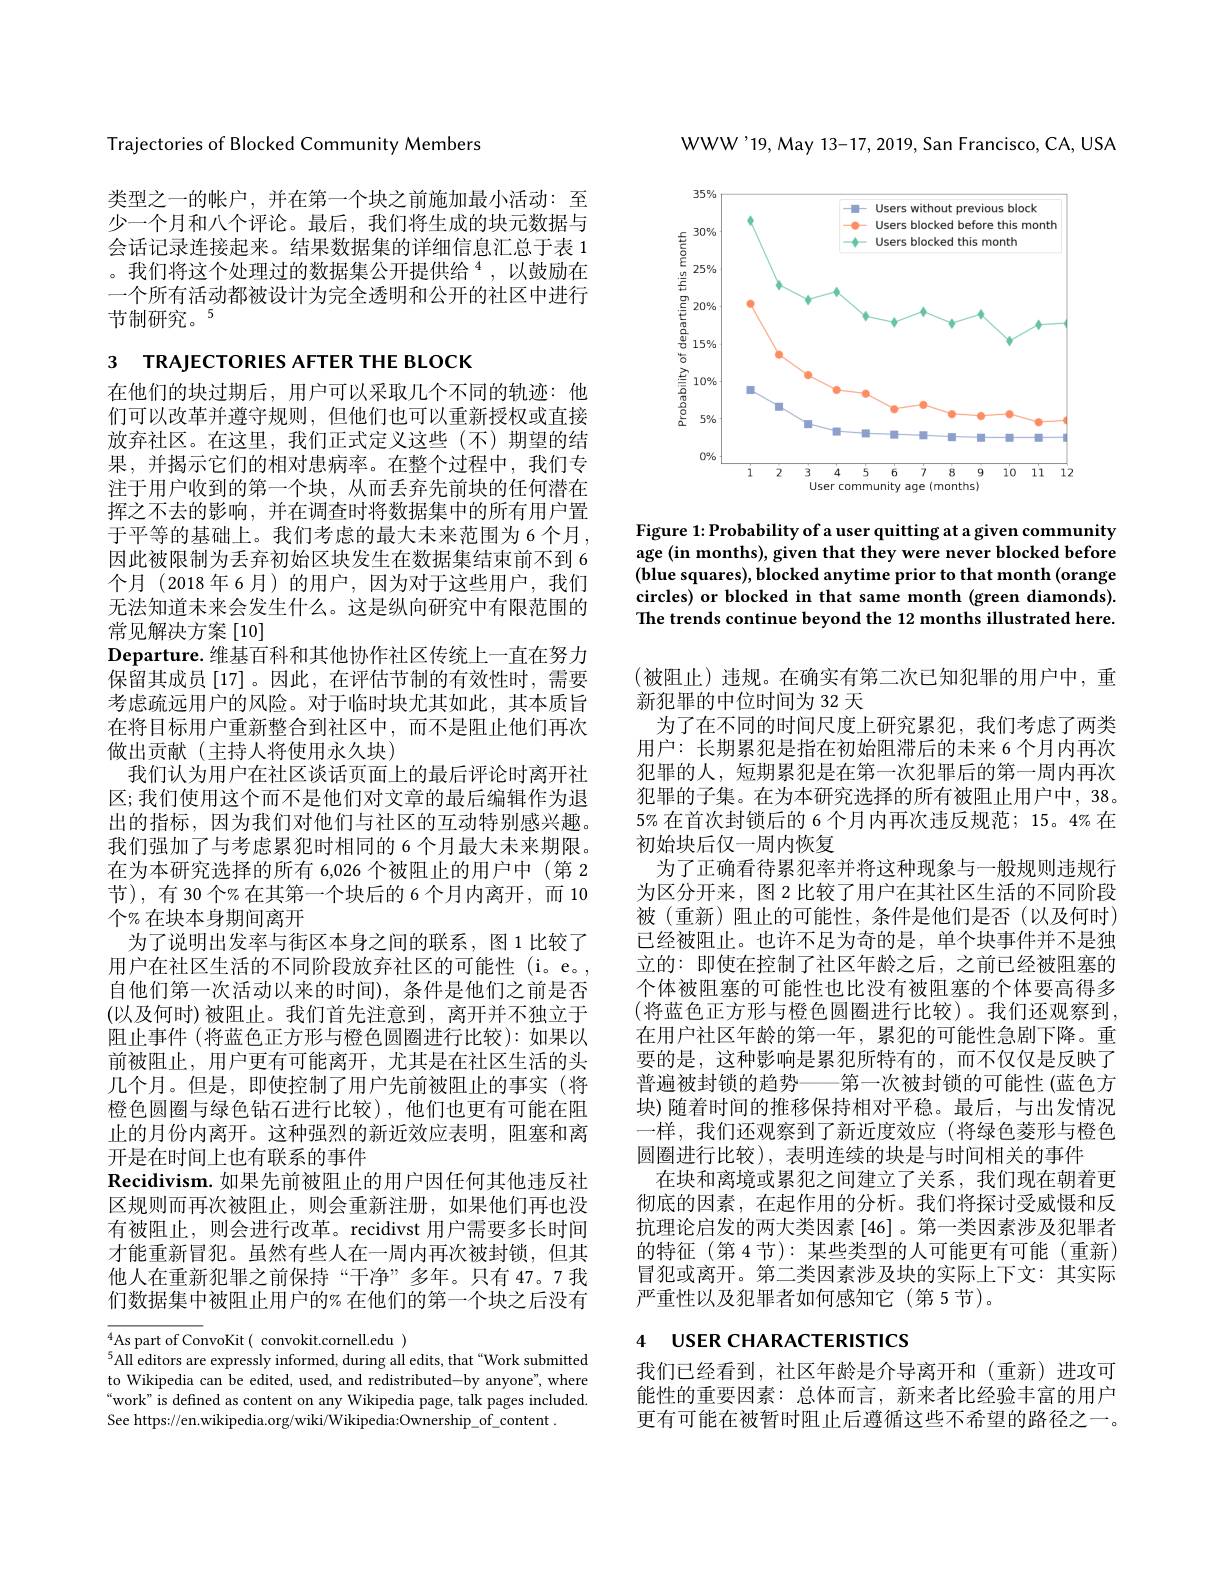
Trajectories of Blocked Community Members

类型之一的帐户，并在第一个块之前施加最小活动：至少一个月和八个评论。最后，我们将生成的块元数据与会话记录连接起来。结果数据集的详细信息汇总于表 1 。我们将这个处理过的数据集公开提供给$^4$,以鼓励在一个所有活动都被设计为完全透明和公开的社区中进行节制研究。5

з тRAJECTORIES AFTER THE BLOCK

在他们的块过期后，用户可以采取几个不同的轨迹：他们可以改革并遵守规则，但他们也可以重新授权或直接放弃社区。在这里，我们正式定义这些(不)期望的结果，并揭示它们的相对患病率。在整个过程中，我们专注于用户收到的第一个块，从而丢弃先前块的任何潜在挥之不去的影响，并在调查时将数据集中的所有用户置于平等的基础上。我们考虑的最大未来范围为6个月， 因此被限制为丢弃初始区块发生在数据集结束前不到 6个月(2018 年 6 月)的用户，因为对于这些用户，我们无法知道未来会发生什么。这是纵向研究中有限范围的常见解决方案[10]
Departure. 维基百科和其他协作社区传统上一直在努力保留其成员[17]。因此，在评估节制的有效性时，需要考虑疏远用户的风险。对于临时块尤其如此，其本质旨在将目标用户重新整合到社区中，而不是阻止他们再次做出贡献(主持人将使用永久块)
我们认为用户在社区谈话页面上的最后评论时离开社区；我们使用这个而不是他们对文章的最后编辑作为退出的指标，因为我们对他们与社区的互动特别感兴趣。我们强加了与考虑累犯时相同的 6 个月最大未来期限。在为本研究选择的所有 6,026 个被阻止的用户中 (第 2节),有 30 个%在其第一个块后的 6 个月内离开，而 10个% 在块本身期间离开
为了说明出发率与街区本身之间的联系，图1比较了用户在社区生活的不同阶段放弃社区的可能性(i。e。, 自他们第一次活动以来的时间), 条件是他们之前是否(以及何时)被阻止。我们首先注意到，离开并不独立于阻止事件 (将蓝色正方形与橙色圆圈进行比较):如果以前被阻止，用户更有可能离开，尤其是在社区生活的头几个月。但是，即使控制了用户先前被阻止的事实(将橙色圆圈与绿色钻石进行比较),他们也更有可能在阻止的月份内离开。这种强烈的新近效应表明，阻塞和离开是在时间上也有联系的事件
$\textbf{Recidivism. 如 果 先 前 被 阻 止 的 用 户 因 任 何 其 他 违 反 社 }$ 区规则而再次被阻止，则会重新注册，如果他们再也没有被阻止，则会进行改革。recidivst 用户需要多长时间才能重新冒犯。虽然有些人在一周内再次被封锁，但其他人在重新犯罪之前保持“干净”多年。只有 47。7 我们数据集中被阻止用户的% 在他们的第一个块之后没有$^{4}$As part of ConvoKit( convokit.cornell.edu )

$^{5}$All editors are expressly informed, during all edits, that“Work submitted to Wikipedia can be edited, used, and redistributed-by anyone", where “work” is defined as content on any Wikipedia page, talk pages included. See https://en.wikipedia.org/wiki/Wikipedia:Ownership\_of\_content\_

WWW'19,May 13-17,2019, San Francisco, CA, USA

<FigureHere>

Figure 1: Probability of a user quitting at a given community age (in months), given that they were never blocked before (blue squares), blocked anytime prior to that month (orange circles) or blocked in that same month (green diamonds). The trends continue beyond the 12 months illustrated here.

(被阻止)违规。在确实有第二次已知犯罪的用户中，重
新犯罪的中位时间为 32 天
为了在不同的时间尺度上研究累犯，我们考虑了两类用户：长期累犯是指在初始阻滞后的未来 6 个月内再次犯罪的人，短期累犯是在第一次犯罪后的第一周内再次犯罪的子集。在为本研究选择的所有被阻止用户中，38。5%在首次封锁后的 6 个月内再次违反规范；15。4% 在初始块后仅一周内恢复
为了正确看待累犯率并将这种现象与一般规则违规行为区分开来，图 2 比较了用户在其社区生活的不同阶段被(重新) 阻止的可能性，条件是他们是否(以及何时) 已经被阻止。也许不足为奇的是，单个块事件并不是独立的：即使在控制了社区年龄之后，之前已经被阻塞的个体被阻塞的可能性也比没有被阻塞的个体要高得多(将蓝色正方形与橙色圆圈进行比较)。我们还观察到， 在用户社区年龄的第一年，累犯的可能性急剧下降。重要的是，这种影响是累犯所特有的，而不仅仅是反映了普遍被封锁的趋势——第一次被封锁的可能性(蓝色方块)随着时间的推移保持相对平稳。最后，与出发情况一样，我们还观察到了新近度效应(将绿色菱形与橙色圆圈进行比较),表明连续的块是与时间相关的事件
在块和离境或累犯之间建立了关系，我们现在朝着更彻底的因素，在起作用的分析。我们将探讨受威慑和反抗理论启发的两大类因素[46]。第一类因素涉及犯罪者的特征(第4节):某些类型的人可能更有可能(重新) 冒犯或离开。第二类因素涉及块的实际上下文：其实际严重性以及犯罪者如何感知它(第5节)。

# 4 USER CHARACTERISTICS

我们已经看到，社区年龄是介导离开和(重新)进攻可能性的重要因素：总体而言，新来者比经验丰富的用户更有可能在被暂时阻止后遵循这些不希望的路径之一。